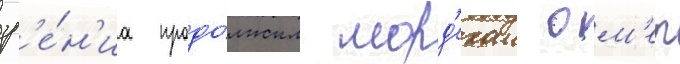
зр'е́н'иа продо́лжил морд'ехаи ом'ер